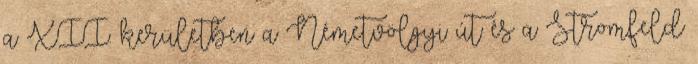
a XII. kerületben a Németvölgyi út és a Stromfeld